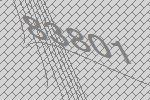
83801